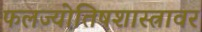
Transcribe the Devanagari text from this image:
फलज्योतिषशास्त्रावर